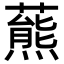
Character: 𧀛